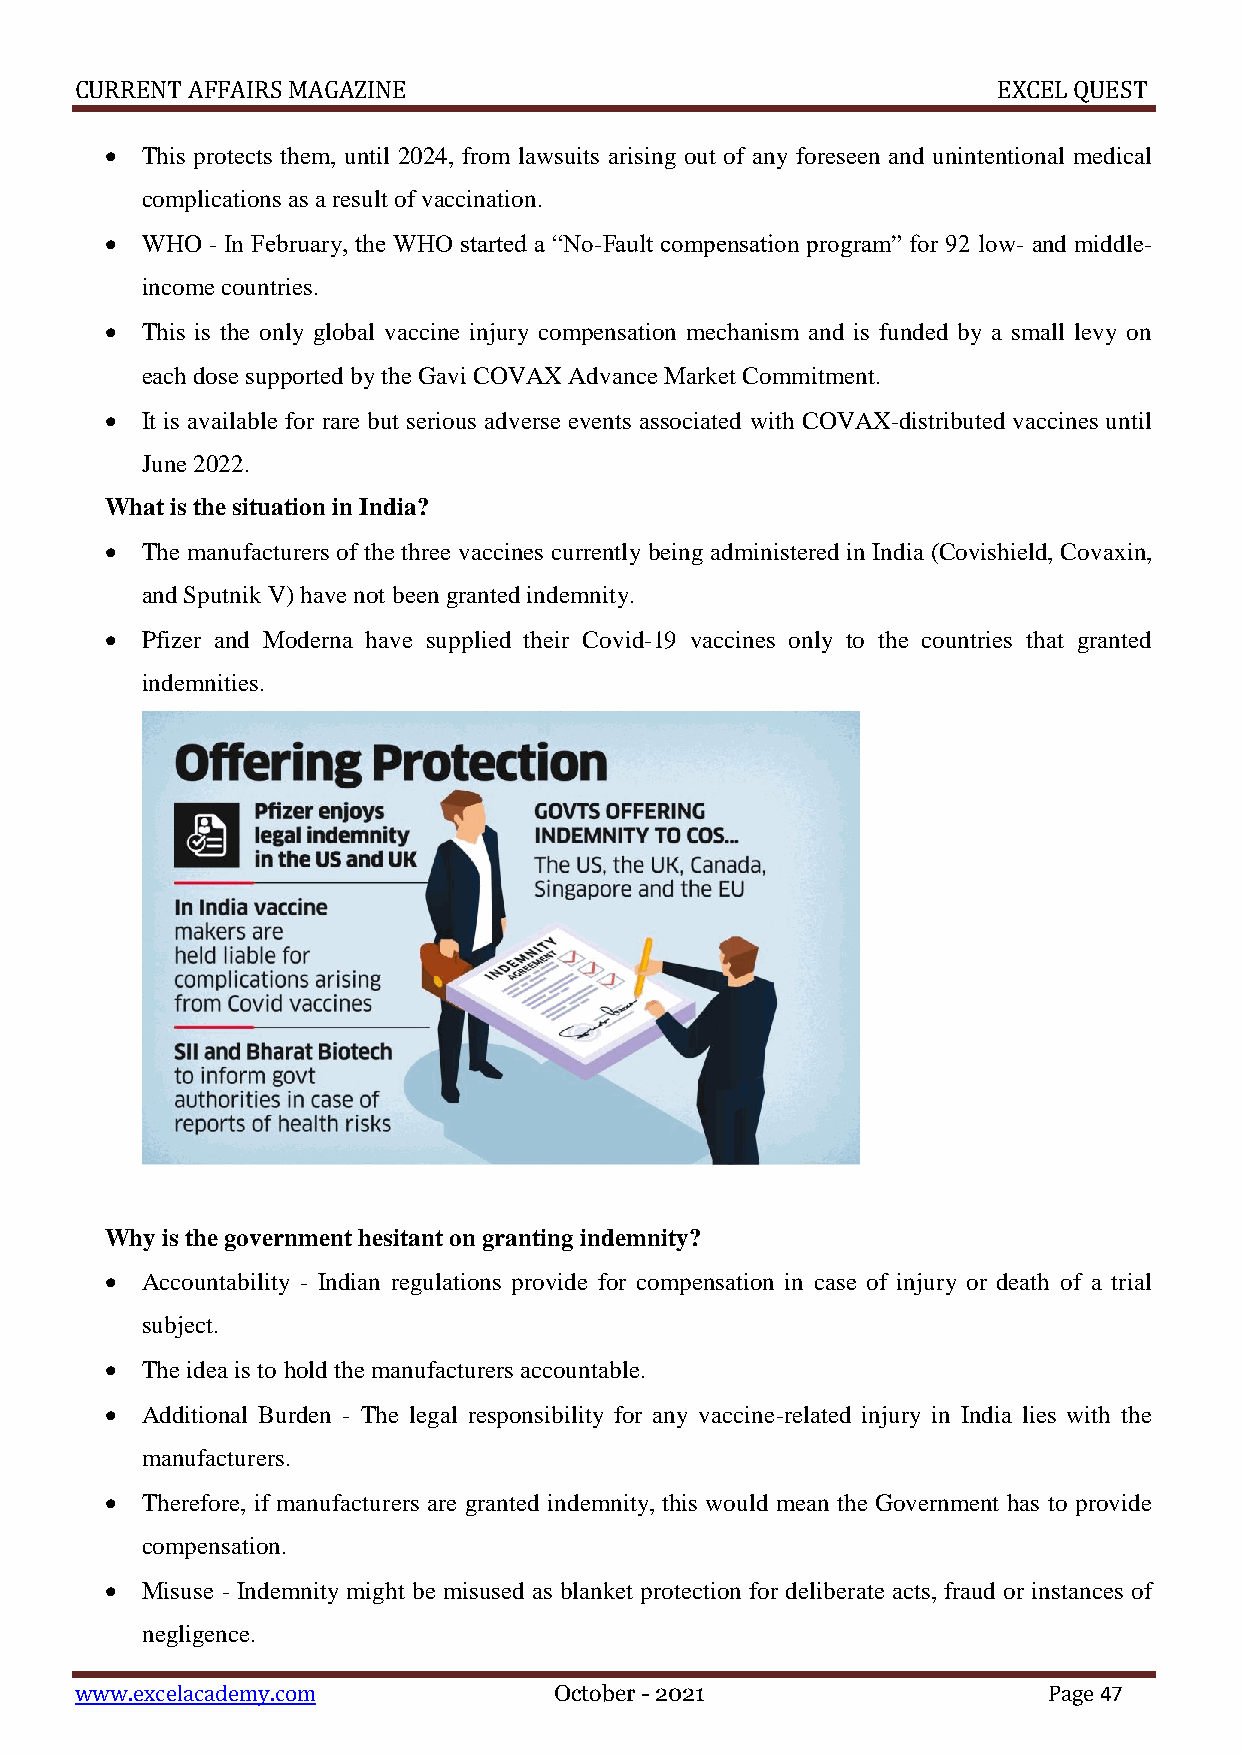
CURRENT AFFAIRS MAGAZINE                                     EXCEL QUEST
  This protects them, until 2024, from lawsuits arising out of any foreseen and unintentional medical
 complications as a result of vaccination.
  WHO  - In February, the WHO started a “No-Fault compensation program” for 92 low- and middle-
 income countries.
  This is the only global vaccine injury compensation mechanism and is funded by a small levy on
 each dose supported by the Gavi COVAX Advance Market Commitment.
  It is available for rare but serious adverse events associated with COVAX-distributed vaccines until
 June 2022.
 What is the situation in India?
  The manufacturers of the three vaccines currently being administered in India (Covishield, Covaxin,
 and Sputnik V) have not been granted indemnity.
  Pfizer and Moderna have supplied their Covid-19 vaccines only to the countries that granted
 indemnities.
 Why is the government hesitant on granting indemnity?
  Accountability - Indian regulations provide for compensation in case of injury or death of a trial
 subject.
  The idea is to hold the manufacturers accountable.
  Additional Burden - The legal responsibility for any vaccine-related injury in India lies with the
 manufacturers.
  Therefore, if manufacturers are granted indemnity, this would mean the Government has to provide
 compensation.
  Misuse - Indemnity might be misused as blanket protection for deliberate acts, fraud or instances of
 negligence.
 www.excelacademy.com            October - 2021                  Page 47